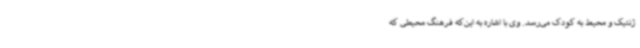
ژنتیک و محیط به کودک می‌رسد. وی با اشاره به این‌که فرهنگ محیطی که